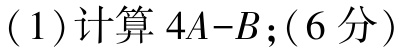
(1)计算 \(4A - B\);(6分)